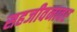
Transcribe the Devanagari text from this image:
सहजीवनावर